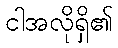
ငါအလိုရှိ၏